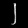
Digit: ၂